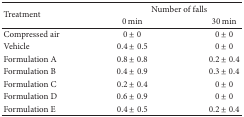
<table><thead><tr><td rowspan="2"><b>Treatment</b></td><td colspan="2"><b>Number of falls</b></td></tr><tr><td><b>0 min</b></td><td><b>30 min</b></td></tr></thead><tbody><tr><td>Compressed air</td><td>0 ± 0</td><td>0 ± 0</td></tr><tr><td>Vehicle</td><td>0.4 ± 0.5</td><td>0 ± 0</td></tr><tr><td>Formulation A</td><td>0.8 ± 0.8</td><td>0.2 ± 0.4</td></tr><tr><td>Formulation B</td><td>0.4 ± 0.9</td><td>0.3 ± 0.4</td></tr><tr><td>Formulation C</td><td>0.2 ± 0.4</td><td>0 ± 0</td></tr><tr><td>Formulation D</td><td>0.6 ± 0.9</td><td>0 ± 0</td></tr><tr><td>Formulation E</td><td>0.4 ± 0.5</td><td>0.2 ± 0.4</td></tr></tbody></table>